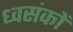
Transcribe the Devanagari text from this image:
ध्वसंकों